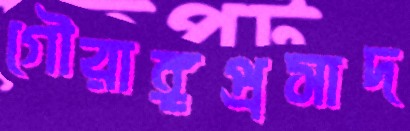
গৌরাঙ্গপ্রসাদ